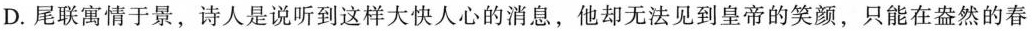
D. 尾联寓情于景，诗人是说听到这样大快人心的消息，他却无法见到皇帝的笑颜，只能在盎然的春